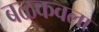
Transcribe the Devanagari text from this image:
बळकवला